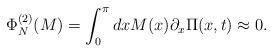
LaTeX: \begin{align*} \Phi^{(2)}_N(M)=\int_{0}^{\pi}dxM(x)\partial_{x}\Pi(x,t)\approx 0.\end{align*}